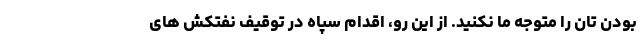
بودن تان را متوجه ما نکنید. از این رو، اقدام سپاه در توقیف نفتکش های